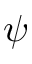
\psi